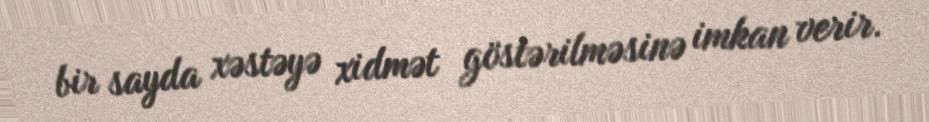
bir sayda xəstəyə xidmət göstərilməsinə imkan verir.